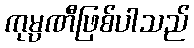
ကုမ္ပဏီဖြစ်ပါသည်